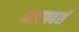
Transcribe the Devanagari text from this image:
भारतबर्श